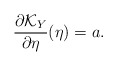
\begin{align*} \frac{ \partial\mathcal{K}_{Y}}{\partial \eta}(\eta) = a. \end{align*}